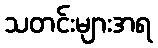
သတင်းများအရ